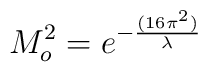
M_o^2 =  e^{ - { {(16 \pi ^ 2)}  \over \lambda}}